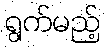
ရွက်မည့်